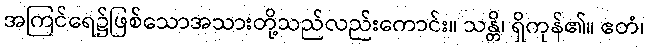
အကြင်ရေ၌ဖြစ်သောအသားတို့သည်လည်းကောင်း။ သန္တိ၊ ရှိကုန်၏။ ဧတံ၊